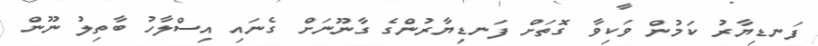
ފަނޑިޔާރު ކަމުން ވަކިވާ ގޮތަށް ފަނޑިޔާރުންގެ ގާނޫނަށް ގެނައި އިސްލާހު ބާތިލު ނޫން